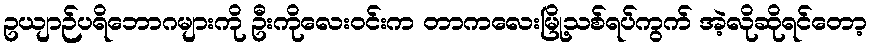
ဥယျာဉ်ပရိဘောဂများကို ဦးကိုလေးဝင်းက တာကလေးမြို့သစ်ရပ်ကွက် အဲ့လိုဆိုရင်တော့